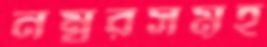
নম্বরসমূহ